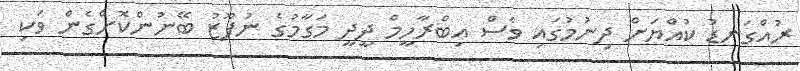
ރުއްގަނޑު ކުއްޔަށް ދިނުމުގައި ވެސް އިބްރާހީމް ދީދީ މަގާމުގެ ނުފޫޒު ބޭނުންކޮށްގެން ވަކި